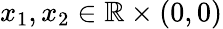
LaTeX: x_{1},x_{2}\in\mathbb{R}\times(0,0)